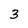
Character: 3